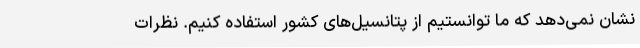
نشان نمی‌دهد که ما توانستیم از پتانسیل‌های کشور استفاده کنیم. نظرات